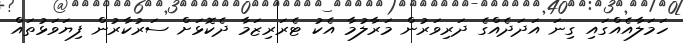
ހަމަލާއެއްގައި ގިނަ އަދަދެއްގެ ދަރިވަރުން މަރާލުމާ އެކު ޓެރަރިޒަމާ ދެކޮޅަށް ސަރުކާރުން ފިޔަވަޅުތައް